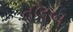
તલબ